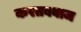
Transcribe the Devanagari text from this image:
करतबबाज